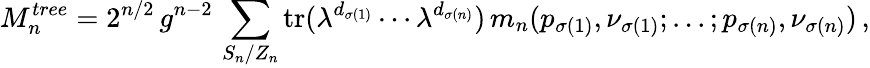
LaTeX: M_{n}^{tree}=2^{n/2}\, g^{n-2}\, \sum_{S_{n}/Z_{n}}\mathrm{tr}(\lambda^{d_{\sigma(1)}}\cdots\lambda^{d_{\sigma(n)}})\, m_{n}(p_{\sigma(1)},\nu_{\sigma(1)};...;p_{\sigma(n)},\nu_{\sigma(n)})\, ,